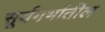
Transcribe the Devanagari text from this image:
सूर्यगर्भातील